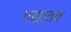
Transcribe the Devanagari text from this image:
गद्यातच